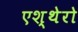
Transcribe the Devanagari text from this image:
एश्थेरो